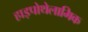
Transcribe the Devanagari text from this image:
हाइपोथेलामिक